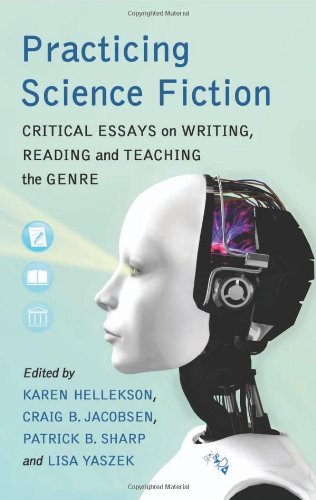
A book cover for Practicing Science Fiction: Critical Essays on Writing, Reading and Teaching the Genre; Karen Hellekson; Science Fiction & Fantasy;